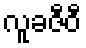
လူခဇီဝီ